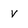
Character: v